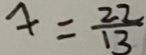
4 = \frac { 2 2 } { 1 3 }